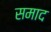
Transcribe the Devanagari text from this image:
समाद